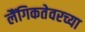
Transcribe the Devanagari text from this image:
लैंगिकतेवरच्या